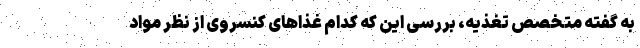
به گفته متخصص تغذیه، بررسی این که کدام غذاهای کنسروی از نظر مواد